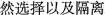
然选择以及隔离